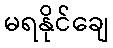
မရနိုင်ချေ